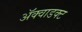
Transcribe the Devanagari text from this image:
ॲक्वाडक्ट